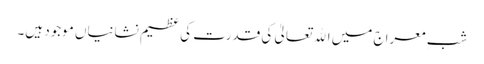
شبِ معراج میں اﷲ تعالیٰ کی قدرت کی عظیم نشانیاں موجود ہیں۔